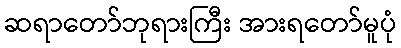
ဆရာတော်ဘုရားကြီး အားရတော်မူပုံ